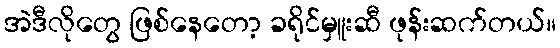
အဲဒီလိုတွေ ဖြစ်နေတော့ ခရိုင်မှူးဆီ ဖုန်းဆက်တယ်။